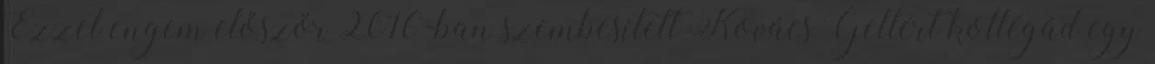
Ezzel engem először 2016-ban szembesített Kovács Gellért kollégád egy